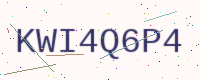
Text: KWI4Q6P4